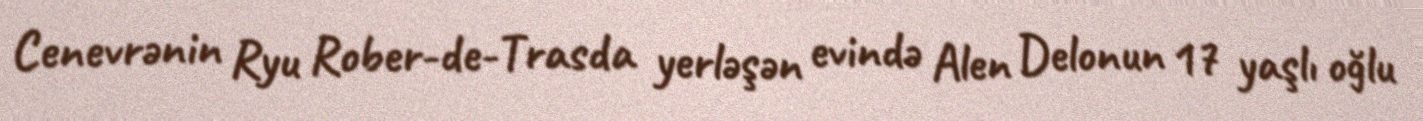
Cenevrənin Ryu Rober-de-Trasda yerləşən evində Alen Delonun 17 yaşlı oğlu